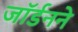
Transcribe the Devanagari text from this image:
जॉर्डनने